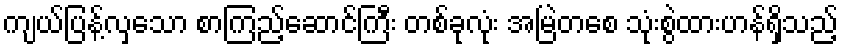
ကျယ်ပြန့်လှသော စာကြည့်ဆောင်ကြီး တစ်ခုလုံး အမြဲတစေ သုံးစွဲထားဟန်ရှိသည့်